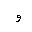
Letter: _waw